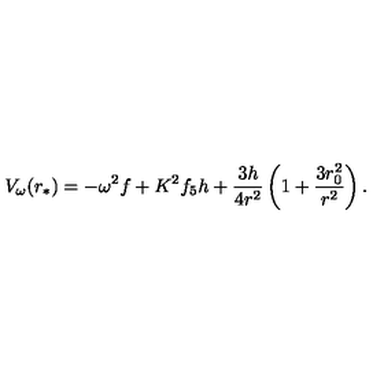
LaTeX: V _ { \omega } ( r _ { * } ) = - \omega ^ { 2 } f + K ^ { 2 } f _ { 5 } h + { \frac { 3 h } { 4 r ^ { 2 } } } \left( 1 + { \frac { 3 r _ { 0 } ^ { 2 } } { r ^ { 2 } } } \right) .